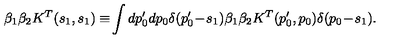
\beta _ { 1 } \beta _ { 2 } K ^ { T } ( s _ { 1 } , s _ { 1 } ) \equiv \! \int d p _ { 0 } ^ { \prime } d p _ { 0 } \delta ( p _ { 0 } ^ { \prime } \! - \! s _ { 1 } ) \beta _ { 1 } \beta _ { 2 } K ^ { T } ( p _ { 0 } ^ { \prime } , p _ { 0 } ) \delta ( p _ { 0 } \! - \! s _ { 1 } ) .